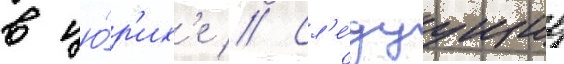
в цю́р'их'е // Сл'е́дуущие